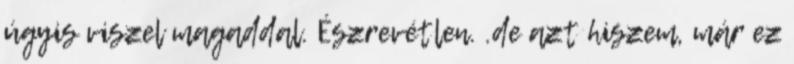
úgyis viszel magaddal. Észrevétlen. .de azt hiszem, már ez